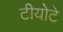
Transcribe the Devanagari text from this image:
टीयोटे